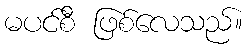
မပင်စီ ဖြစ်လေသည်။